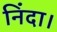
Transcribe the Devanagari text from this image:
निंदा।